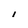
Character: l